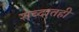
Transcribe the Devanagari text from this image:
शब्दातही